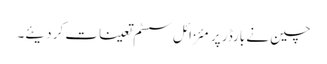
چین نے بارڈر پر مئزائل سسٹم تعینات کر دیئے۔